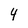
Character: 4